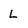
Character: L